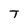
Character: T